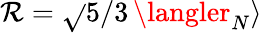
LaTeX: \mathcal{R}=\sqrt{}{{5/3}}\, \langler_{N}\rangle